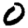
Digit: 0